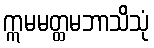
ဣမမတ္ထမဘာသိသုံ